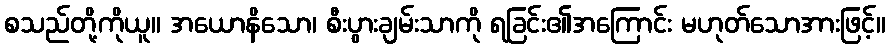
စသည်တို့ကိုယူ။ အယောနိသော၊ စီးပွားချမ်းသာကို ရခြင်း၏အကြောင်း မဟုတ်သောအားဖြင့်။